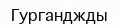
Гурганджды